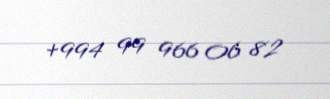
+994 99 966 06 82